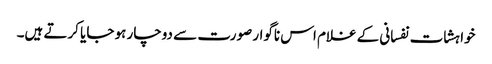
خواہشات نفسانی کے غلام اس ناگوار صورت سے دوچار ہو جایا کرتے ہیں۔